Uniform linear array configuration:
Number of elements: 24
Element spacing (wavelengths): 0.5
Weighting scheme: cosine
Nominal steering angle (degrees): -30
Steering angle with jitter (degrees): -30.816
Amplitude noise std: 0.05
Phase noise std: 0.05

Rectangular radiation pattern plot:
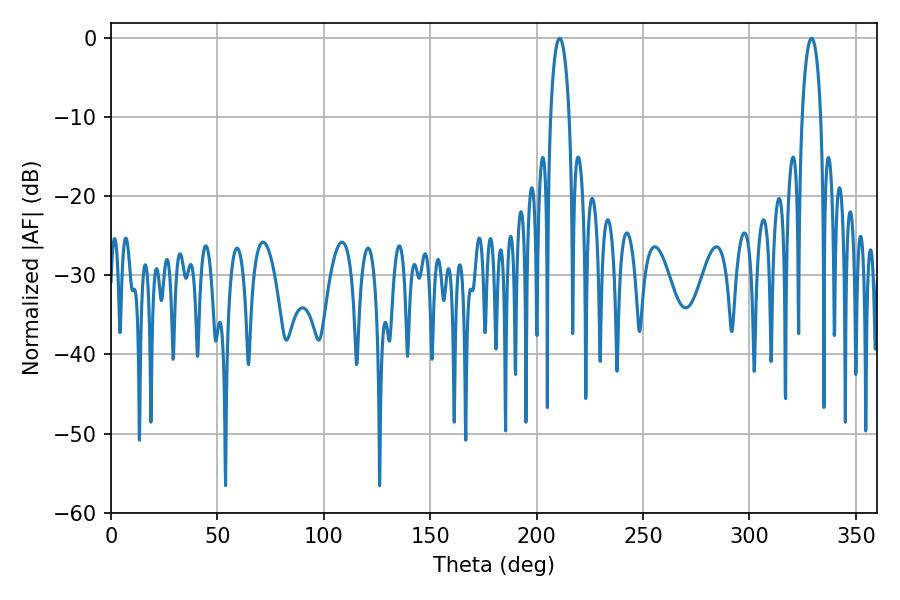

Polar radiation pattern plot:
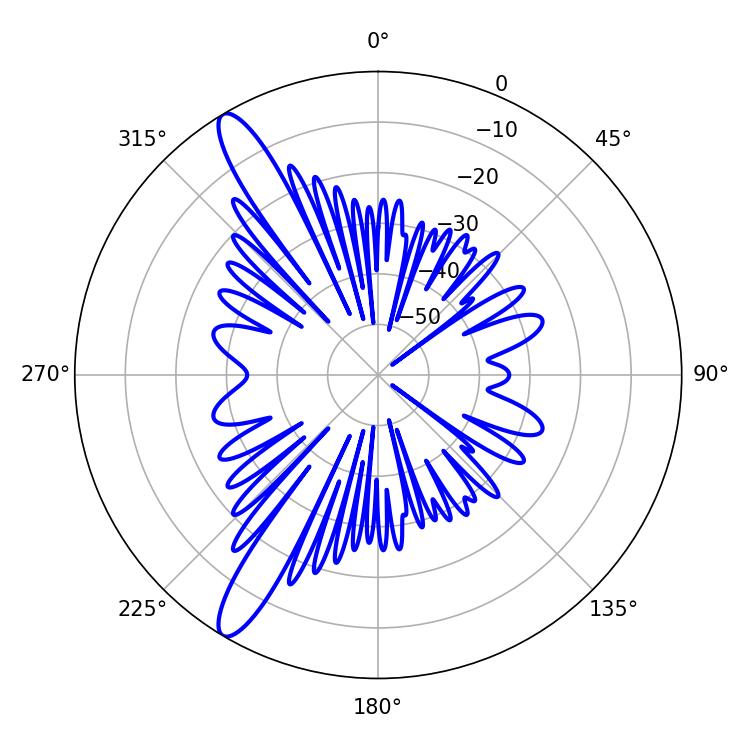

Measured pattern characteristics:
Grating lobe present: FALSE
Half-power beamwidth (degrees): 5.04
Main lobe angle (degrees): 210.78